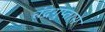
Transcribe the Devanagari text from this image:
चंद्रगुप्तास